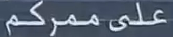
علىممركم